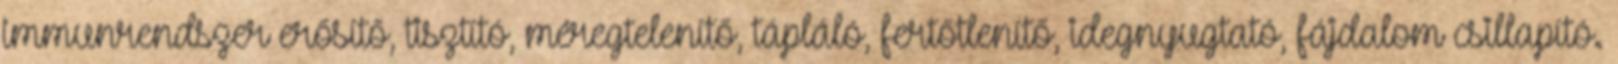
immunrendszer erősítő, tisztító, méregtelenítő, tápláló, fertőtlenítő, idegnyugtató, fájdalom csillapító.